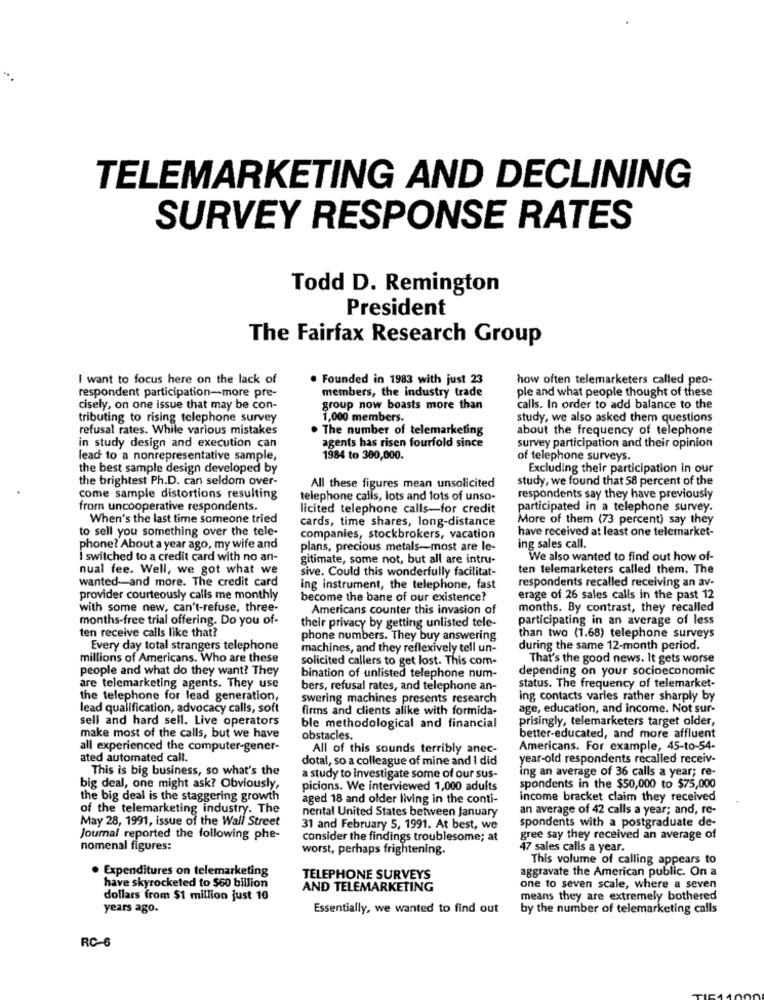
TELEMARKETING AND DECLINING
SURVEY RESPONSE RATES
Todd D. Remington
President
The Fairfax Research Group
I want to focus here on the lack of
. Founded in 1983 with just 23
how often telemarketers called peo-
respondent participation-more pre-
members, the industry trade
ple and what people thought of these
cisely, on one issue that may be con-
group now boasts more than
calls. In order to add balance to the
tributing to rising telephone survey
1,000 members.
study, we also asked them questions
refusal rates. While various mistakes
The number of telemarketing
about the frequency of telephone
in study design and execution can
agents has risen fourfold since
survey participation and their opinion
lead to a nonrepresentative sample,
1984 to 300,000.
of telephone surveys.
the best sample design developed by
Excluding their participation in our
the brightest Ph.D. can seldom over-
study, we found that 58 percent of the
All these figures mean unsolicited
come sample distortions resulting
telephone calls, lots and lots of unso-
respondents say they have previously
from uncooperative respondents.
licited telephone calls-for credit
participated in a telephone survey.
When's the last time someone tried
cards, time shares, long-distance
More of them (73 percent) say they
to sell you something over the tele-
have received at least one telemarket-
companies, stockbrokers, vacation
phone? About a year ago, my wife and
plans, precious metals-most are le-
ing sales call.
I switched to a credit card with no an-
gitimate, some not, but all are intru-
We also wanted to find out how of-
nual fee. Well, we got what we
sive. Could this wonderfully facilitat-
ten telemarketers called them. The
wanted-and more. The credit card
respondents recalled receiving an av-
ing instrument, the telephone, fast
provider courteously calls me monthly
become the bane of our existence?
erage of 26 sales calls in the past 12
with some new, can't-refuse, three-
Americans counter this invasion of
months. By contrast, they recalled
months-free trial offering. Do you of-
participating in an average of less
ten receive calls like that?
their privacy by getting unlisted tele-
than two (1.68) telephone surveys
phone numbers. They buy answering
Every day total strangers telephone
machines, and they reflexively tell un-
during the same 12-month period.
millions of Americans. Who are these
solicited callers to get lost. This com-
That's the good news. It gets worse
people and what do they want? They
depending on your socioeconomic
bination of unlisted telephone num-
are telemarketing agents. They use
bers, refusal rates, and telephone an-
status. The frequency of telemarket-
the telephone for lead generation,
swering machines presents research
ing contacts varies rather sharply by
lead qualification, advocacy calls, soft
firms and clients alike with formida-
age, education, and income. Not sur-
sell and hard sell. Live operators
prisingly, telemarketers target older,
ble methodological and financial
make most of the calls, but we have
obstacles.
better-educated, and more affluent
all experienced the computer-gener-
All of this sounds terribly anec-
Americans. For example, 45-to-54-
ated automated call.
dotal, so a colleague of mine and I did
year-old respondents recalled receiv-
This is big business, so what's the
a study to investigate some of our sus-
ing an average of 36 calls a year; re-
big deal, one might ask? Obviously,
picions. We interviewed 1,000 adults
spondents in the $50,000 to $75,000
the big deal is the staggering growth
aged 18 and older living in the conti-
income bracket claim they received
of the telemarketing industry. The
nental United States between January
an average of 42 calls a year; and, re-
May 28, 1991, issue of the Wall Street
spondents with a postgraduate de-
31 and February 5, 1991. At best, we
Journal reported the following phe-
consider the findings troublesome; at
gree say they received an average of
nomenal figures:
worst, perhaps frightening.
47 sales calls a year.
This volume of calling appears to
· Expenditures on telemarketing
aggravate the American public. On a
have skyrocketed to $60 billion
TELEPHONE SURVEYS
AND TELEMARKETING
one to seven scale, where a seven
dollars from $1 million just 10
means they are extremely bothered
years ago.
Essentially, we wanted to find out
by the number of telemarketing calls
RC-6